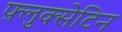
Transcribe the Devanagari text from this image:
फ़्लुक्सेटिन